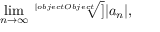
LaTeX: \operatorname* { l i m } _ { n \rightarrow \infty } { \sqrt [ [object Object] ] { | a _ { n } | } } ,